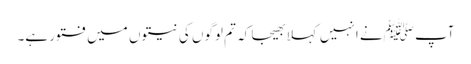
آپ ﷺنے انہیں کہلا بھیجا کہ تم لوگوں کی نیتوں میں فتور ہے۔